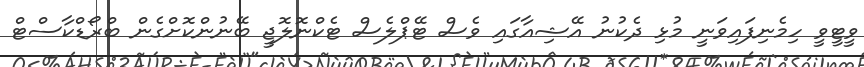
ވީޓީވީ ހިމެނިފައިވަނީ މުޅި ދެކުނު އޭޝިއާގައި ވެސް ޓޭޕްލެސް ޓެކްނޮލޮޖީ ބޭނުންކޮށްގެން ބްރޯޑްކާސްޓް